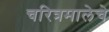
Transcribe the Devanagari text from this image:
चरित्रमालेचे